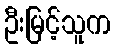
ဦးမြင့်သူက